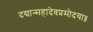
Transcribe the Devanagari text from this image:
दद्यान्महादेवप्रमोदया॥